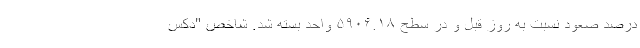
درصد صعود نسبت به روز قبل و در سطح ۵۹۰۶.۱۸ واحد بسته شد. شاخص "دکس